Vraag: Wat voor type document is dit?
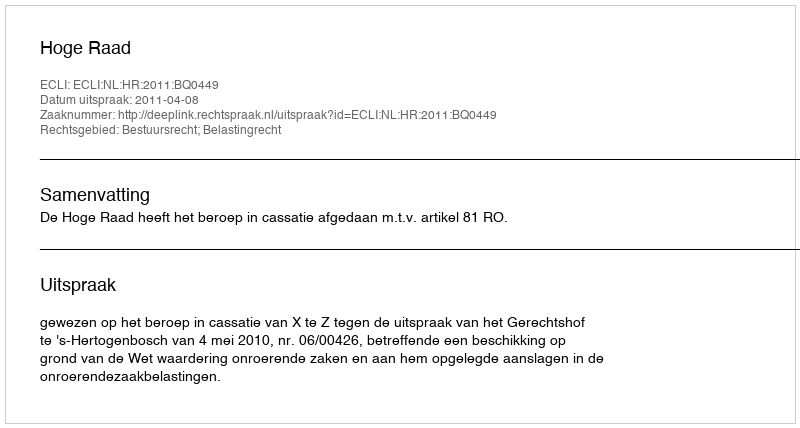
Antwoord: Uitspraak